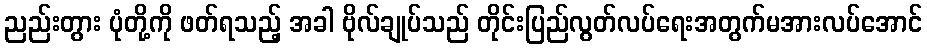
ညည်းတွား ပုံတို့ကို ဖတ်ရသည့် အခါ ဗိုလ်ချုပ်သည် တိုင်းပြည်လွတ်လပ်ရေးအတွက်မအားလပ်အောင်